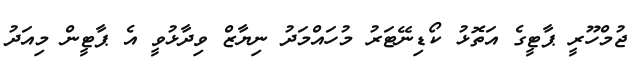
ޖުމްހޫރީ ޕާޓީގެ އަތޮޅު ކޯޑިނޭޓަރު މުހައްމަދު ނިޔާޒް ވިދާޅުވީ އެ ޕާޓީން މިއަދު